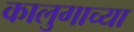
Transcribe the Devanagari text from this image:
कालुगाच्या